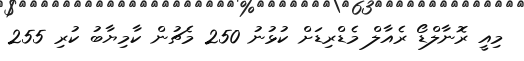
މިއީ ރޮނާލްޑޯ ރެއާލް މެޑްރިޑަށް ކުޅުނު 250 މެޗުން ކާމިޔާބު ކުރި 255